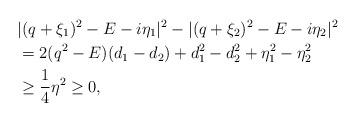
LaTeX: \begin{align*} & |(q+\xi_1)^2 - E - i \eta_1 |^2 - |(q+\xi_2)^2 - E - i \eta_2 |^2 \\ & = 2 (q^2 - E) ( d_1 - d_2 ) + d_1^2 - d_2^2 + \eta_1^2 - \eta_2^2 \\ & \geq \frac{1}{4} \eta^2 \geq 0, \end{align*}